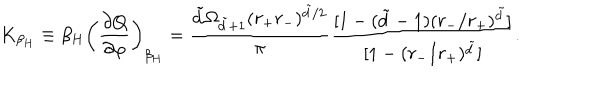
LaTeX: K _ { \beta _ { H } } \equiv \beta _ { H } \left( \frac { \partial Q } { \partial \varphi } \right) _ { \beta _ { H } } = \frac { \tilde { d } \Omega _ { \tilde { d } + 1 } ( r _ { + } r _ { - } ) ^ { \tilde { d } / 2 } } { \pi } \frac { [ 1 - ( \tilde { d } - 1 ) ( r _ { - } / r _ { + } ) ^ { \tilde { d } } ] } { [ 1 - ( r _ { - } / r _ { + } ) ^ { \tilde { d } } ] } .